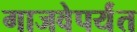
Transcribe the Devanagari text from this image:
गाजवेपर्यंत